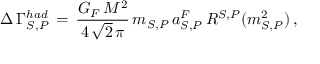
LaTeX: \Delta \, \Gamma _ { S , P } ^ { h a d } \, = \, \frac { G _ { F } \, M ^ { 2 } } { 4 \, \sqrt { 2 } \, \pi } \, m _ { S , P } \, a _ { S , P } ^ { F } \, R ^ { S , P } ( m _ { S , P } ^ { 2 } ) \, ,